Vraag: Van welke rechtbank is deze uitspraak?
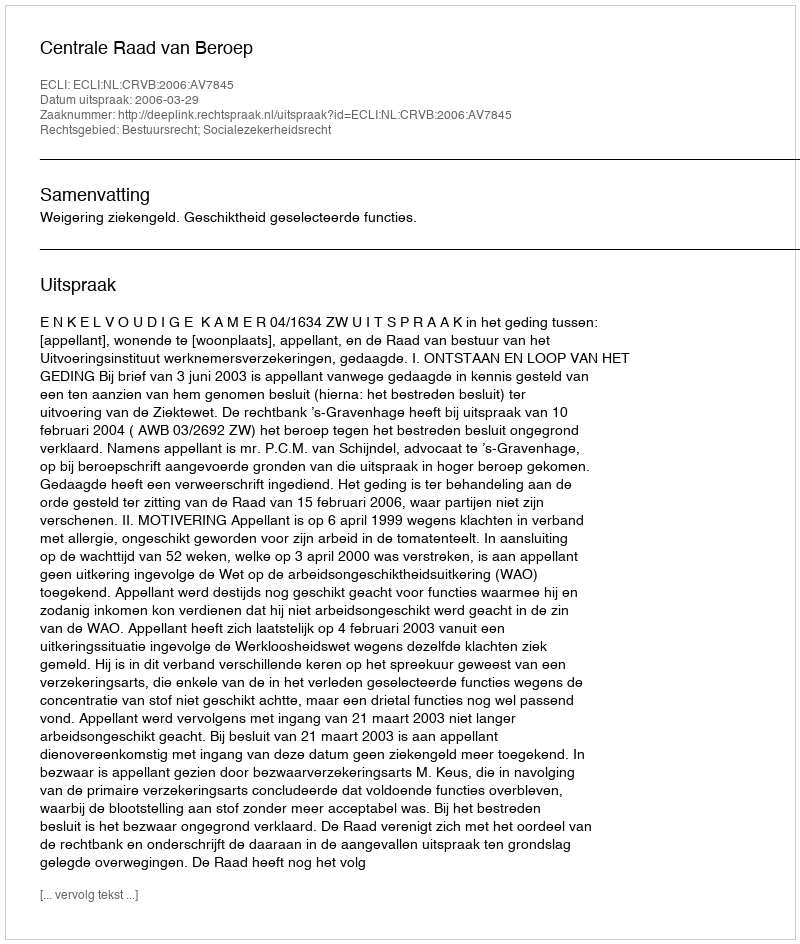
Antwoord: Centrale Raad van Beroep